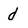
Character: d